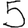
Digit: 5